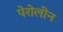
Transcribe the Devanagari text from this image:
पेरोलीन